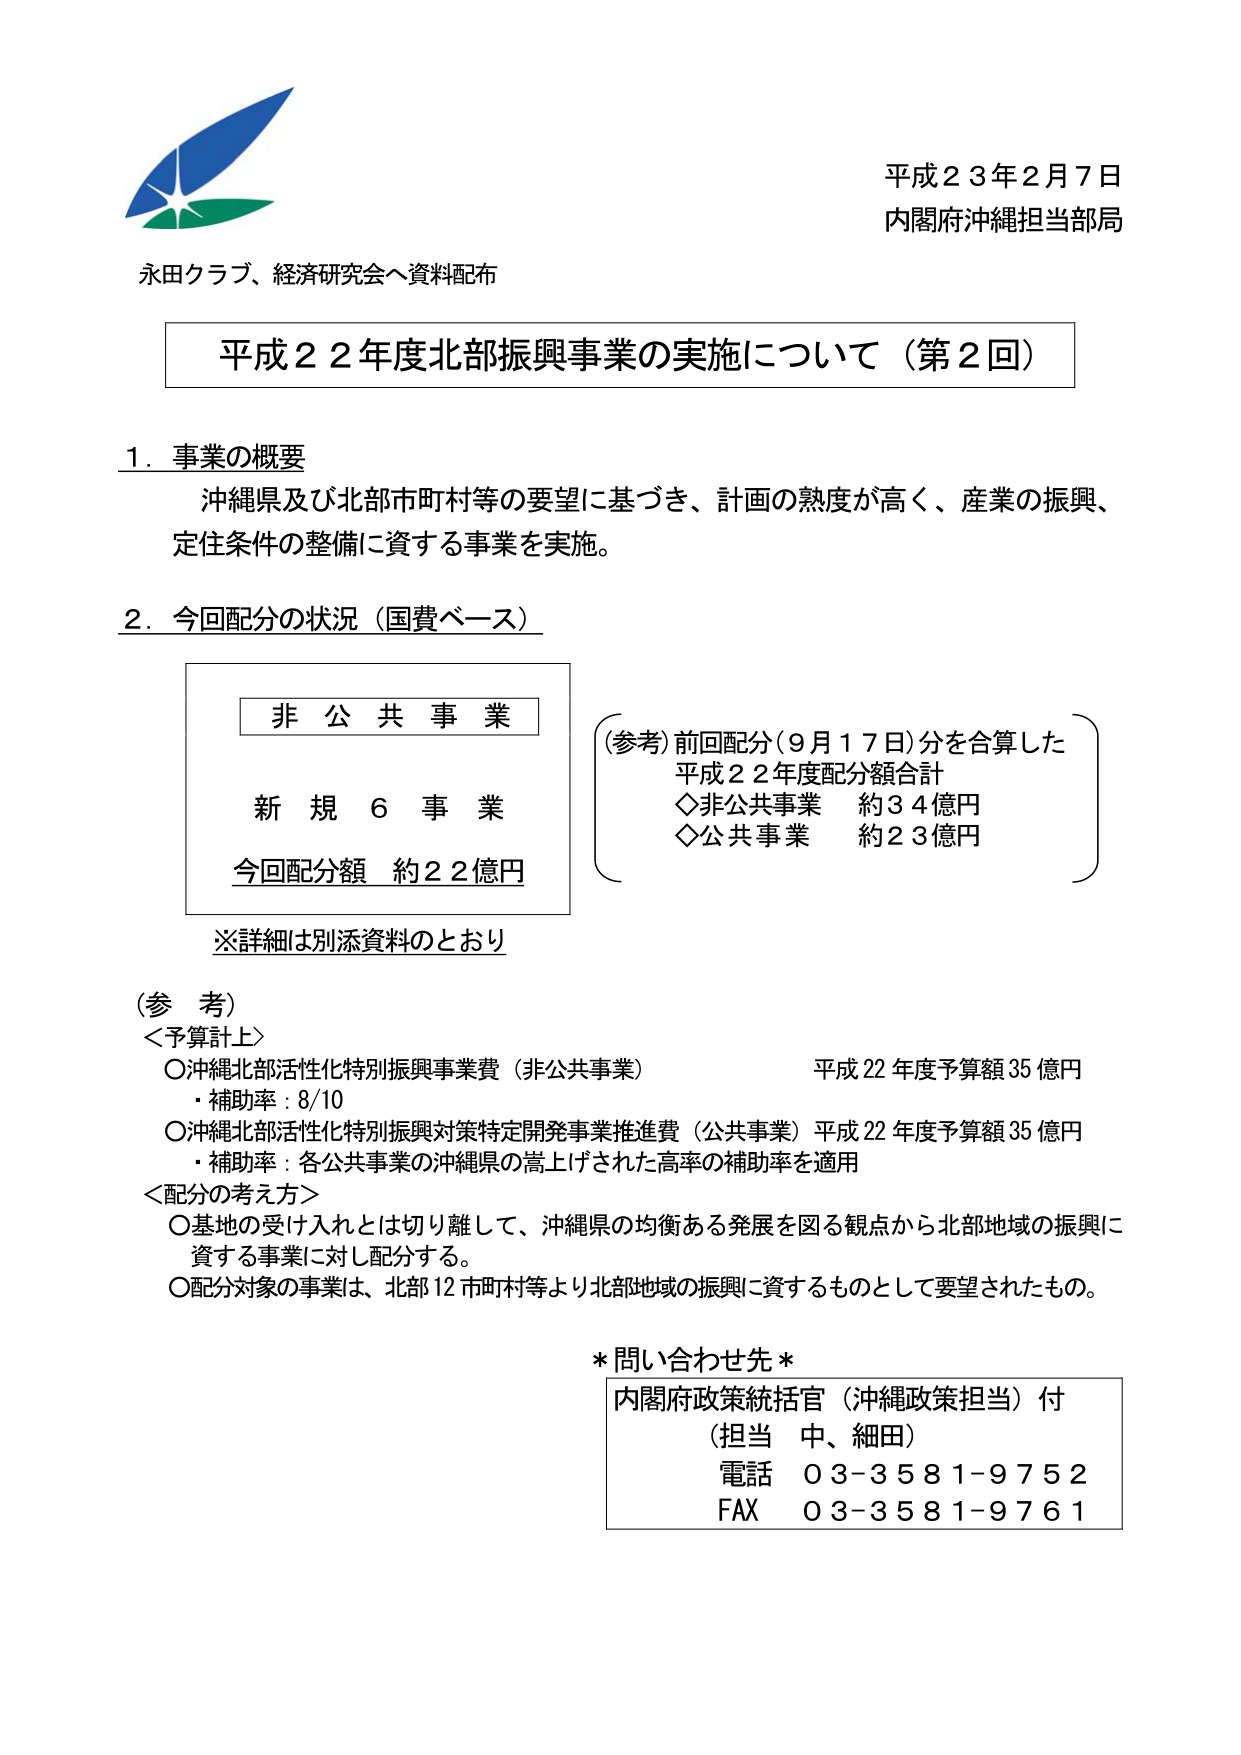
平成２３年２月７日
内閣府沖縄担当部局

永田クラブ、経済研究会へ資料配布

平成２２年度北部振興事業の実施について（第２回）

１．事業の概要
沖縄県及び北部市町村等の要望に基づき、計画の熟度が高く、産業の振興、
定住条件の整備に資する事業を実施。

２．今回配分の状況（国費ベース）

　　非 公 共 事 業
　　新 規 ６ 事 業
　　今回配分額 約２２億円

　　（参考）前回配分（９月１７日）分を合算した
　　　　　平成２２年度配分額合計
　　　　　◇非公共事業　約３４億円
　　　　　◇公共事業　　約２３億円

　　※詳細は別添資料のとおり

（参考）
＜予算計上＞
　○沖縄北部活性化特別振興事業費（非公共事業）　　　　　平成22年度予算額35億円
　　・補助率：8/10
　○沖縄北部活性化特別振興対策特定開発事業推進費（公共事業）平成22年度予算額35億円
　　・補助率：各公共事業の沖縄県の嵩上げされた高率の補助率を適用

＜配分の考え方＞
　○基地の受け入れとは切り離して、沖縄県の均衡ある発展を図る観点から北部地域の振興に
　　資する事業に対し配分する。
　○配分対象の事業は、北部12市町村等より北部地域の振興に資するものとして要望されたもの。

＊問い合わせ先＊
内閣府政策統括官（沖縄政策担当）付
（担当　中、細田）
電話　０３-３５８１-９７５２
FAX　０３-３５８１-９７６１